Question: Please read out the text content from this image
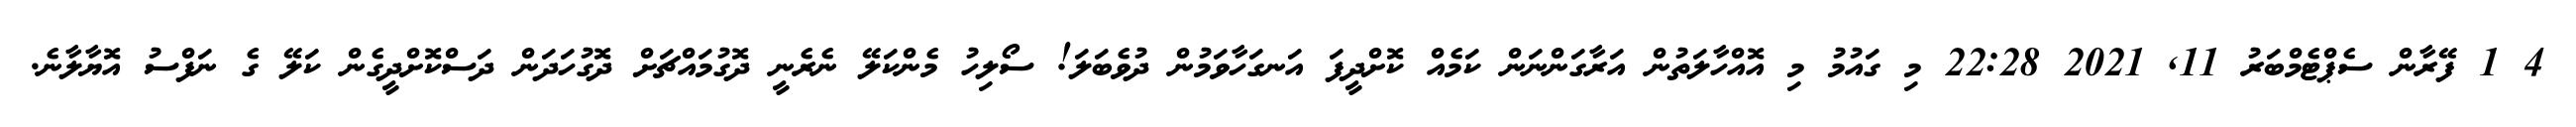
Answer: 4 1 ފޭރާން ސެޕްޓެމްބަރު 11, 2021 22:28 މި ގައުމު މި އޮއްހާލަތުން އަރާގަންނަން ކަމެއް ކޮށްދީފަ އަނގަހާވަމުން ދުވެބަލަ! ސޯލިހު މެންކަލޭ ނެރެނީ ދޮގުމައްޗަށް ދޮގުހަދަން ދަސްކޮށްދީގެން ކަލޭ ގެ ނަފްސު އޮޔާލާނެ.